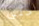
حتى